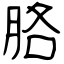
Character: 胳